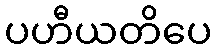
ပဟီယတိပေ